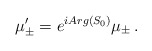
\begin{align*}\mu_{\pm}^{\prime} = e^{iArg(S_{0})}\mu_{\pm}\, .\end{align*}